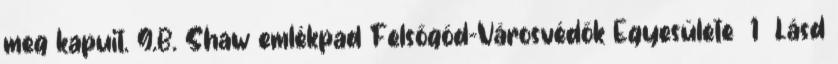
meg kapuit. G.B. Shaw emlékpad Felsőgöd-Városvédők Egyesülete 1 Lásd